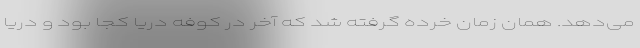
می‌دهد. همان زمان خرده گرفته شد که آخر در کوفه دریا کجا بود و دریا